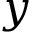
y